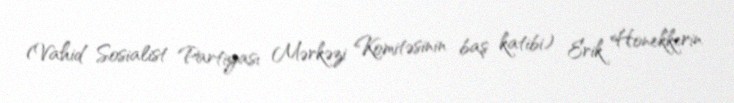
(Vahid Sosialist Partiyası Mərkəzi Komitəsinin baş katibi) Erik Honekkerin